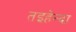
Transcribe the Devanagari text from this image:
तइहेन्दा